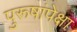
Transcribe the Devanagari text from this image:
पुरूषांपेक्षा